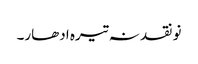
نو نقد نہ تیرہ ادھار۔